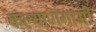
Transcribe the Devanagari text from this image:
कल्याणगामी